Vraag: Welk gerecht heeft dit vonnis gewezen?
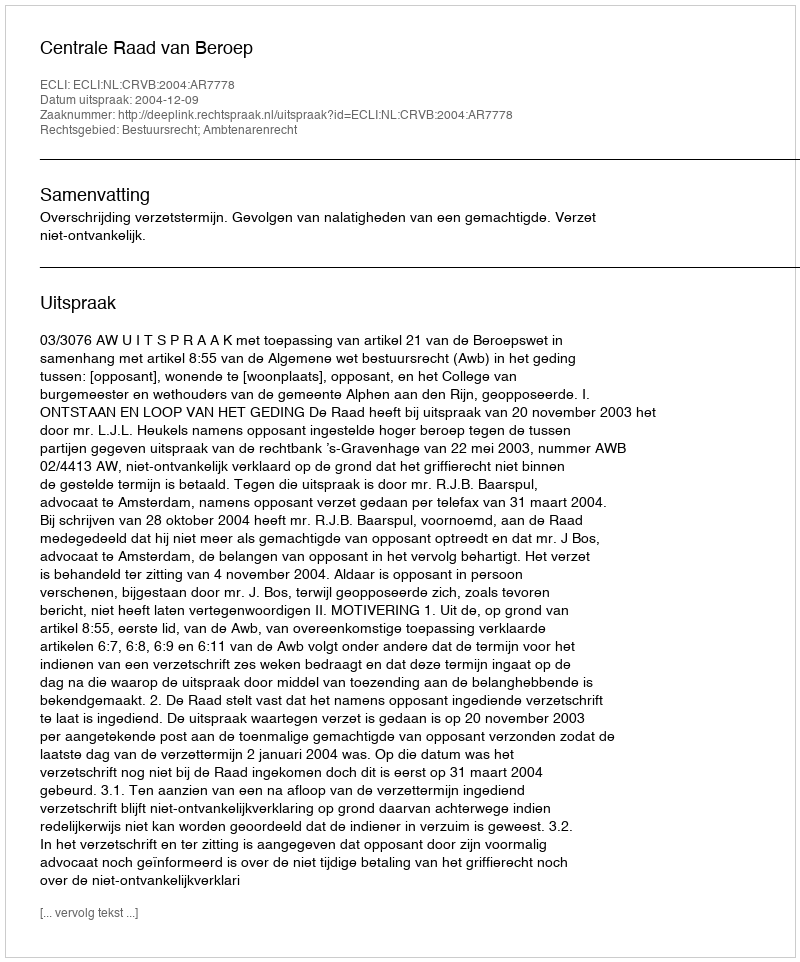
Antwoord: Centrale Raad van Beroep